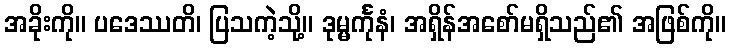
အခိုးကို။ ပဒေဿတိ၊ ပြသကဲ့သို့။ ဒုမ္မင်္ကုနံ၊ အရှိန်အစော်မရှိသည်၏ အဖြစ်ကို။